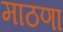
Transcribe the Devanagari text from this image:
माठणा